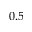
0 . 5